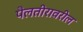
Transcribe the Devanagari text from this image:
पैलतीरावरील